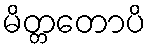
မိတ္တတောပိ